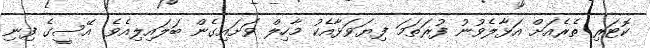
ކޮޓަރި ތެރެއަށް އަޅާލެވުނު ފުރަތަމަ ފިޔަވަޅާއެކު މާހިލް ވަށައިގެން ބަލައިލިއެވެ. އޭސީގެ ފިނި